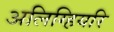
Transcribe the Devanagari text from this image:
अलिग्हियरि